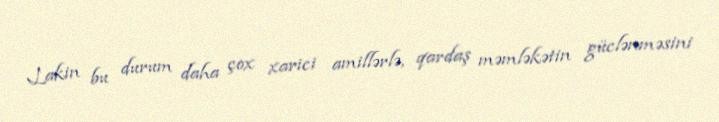
Lakin bu durum daha çox xarici amillərlə, qardaş məmləkətin güclənməsini